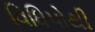
વિધિપોથી